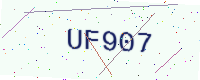
Text: UF907